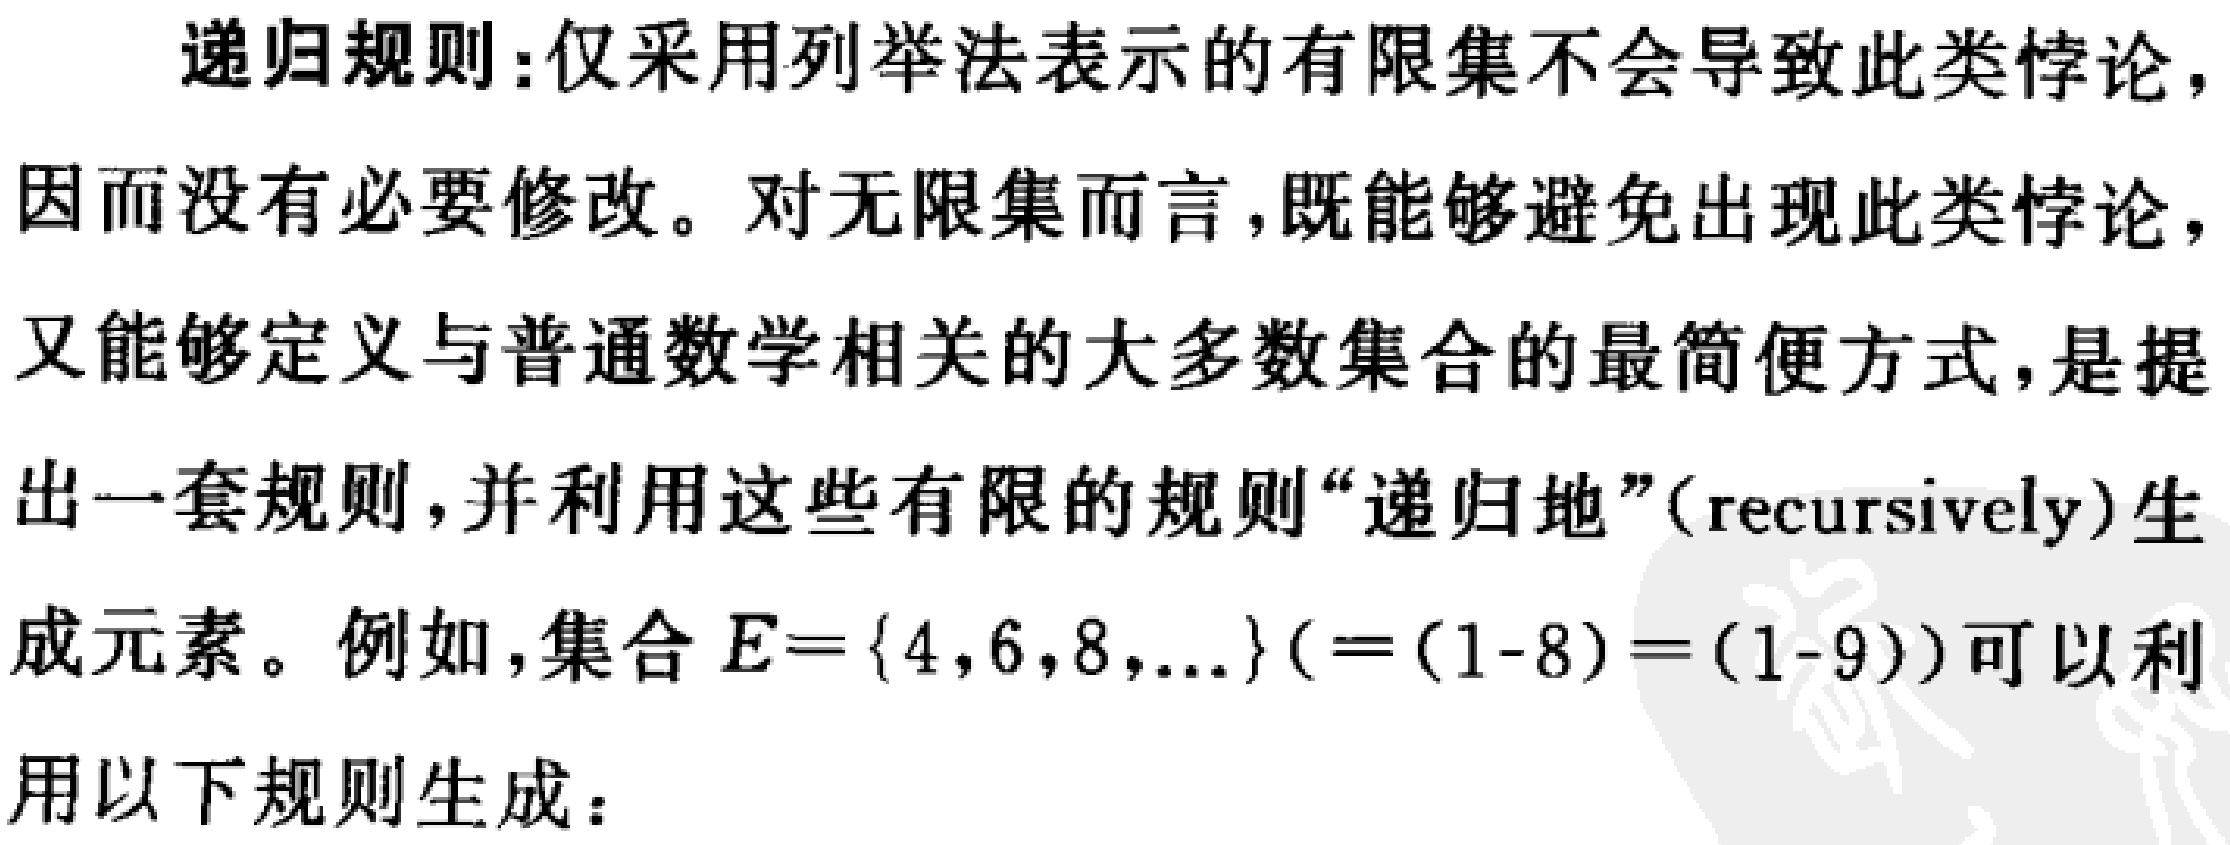
已知\(\angle AOB\)在平面直角坐标系中的位置如图所示，且\(\angle AOB = 60^{\circ}\)，在\(\angle AOB\)内有一点\(P(4,3)\)，\(M\)，\(N\)分别是\(OA\)，\(OB\)边上的动点，连接\(PM\)，\(PN\)，\(MN\)，则\(\triangle PMN\)周长的最小值是  ．